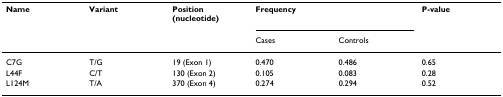
<table><thead><tr><td><b>Name</b></td><td><b>Variant</b></td><td><b>Position (nucleotide)</b></td><td colspan="2"><b>Frequency</b></td><td><b>P-value</b></td></tr><tr><td></td><td></td><td></td><td><b>Cases</b></td><td><b>Controls</b></td><td></td></tr></thead><tbody><tr><td>C7G</td><td>T/G</td><td>19 (Exon 1)</td><td>0.470</td><td>0.486</td><td>0.65</td></tr><tr><td>L44F</td><td>C/T</td><td>130 (Exon 2)</td><td>0.105</td><td>0.083</td><td>0.28</td></tr><tr><td>L124M</td><td>T/A</td><td>370 (Exon 4)</td><td>0.274</td><td>0.294</td><td>0.52</td></tr></tbody></table>